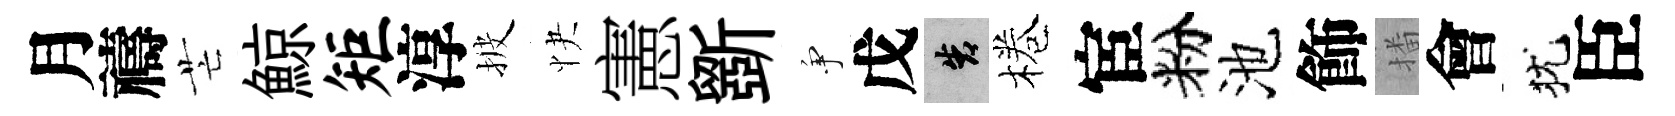
月禱芒鯨矩淳披快憲斵争戊告棬宦粉池飾播會犹臣